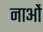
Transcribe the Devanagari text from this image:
नाओं